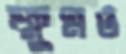
ক্ষুণ্নও